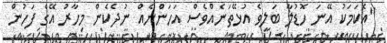
"އެކަމަކު އޭނަ ހޮޑުލާ ބަލިވެ އުޅޭތަނެއްވެސް އަހަންނެއް ނުދެކެން މިހާރު އޭގެ ފަހުން